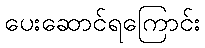
ပေးဆောင်ရကြောင်း